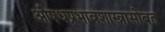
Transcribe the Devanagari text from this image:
औषधप्रभावशास्त्रासोबत